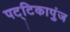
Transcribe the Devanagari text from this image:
पट्टिकापुंज